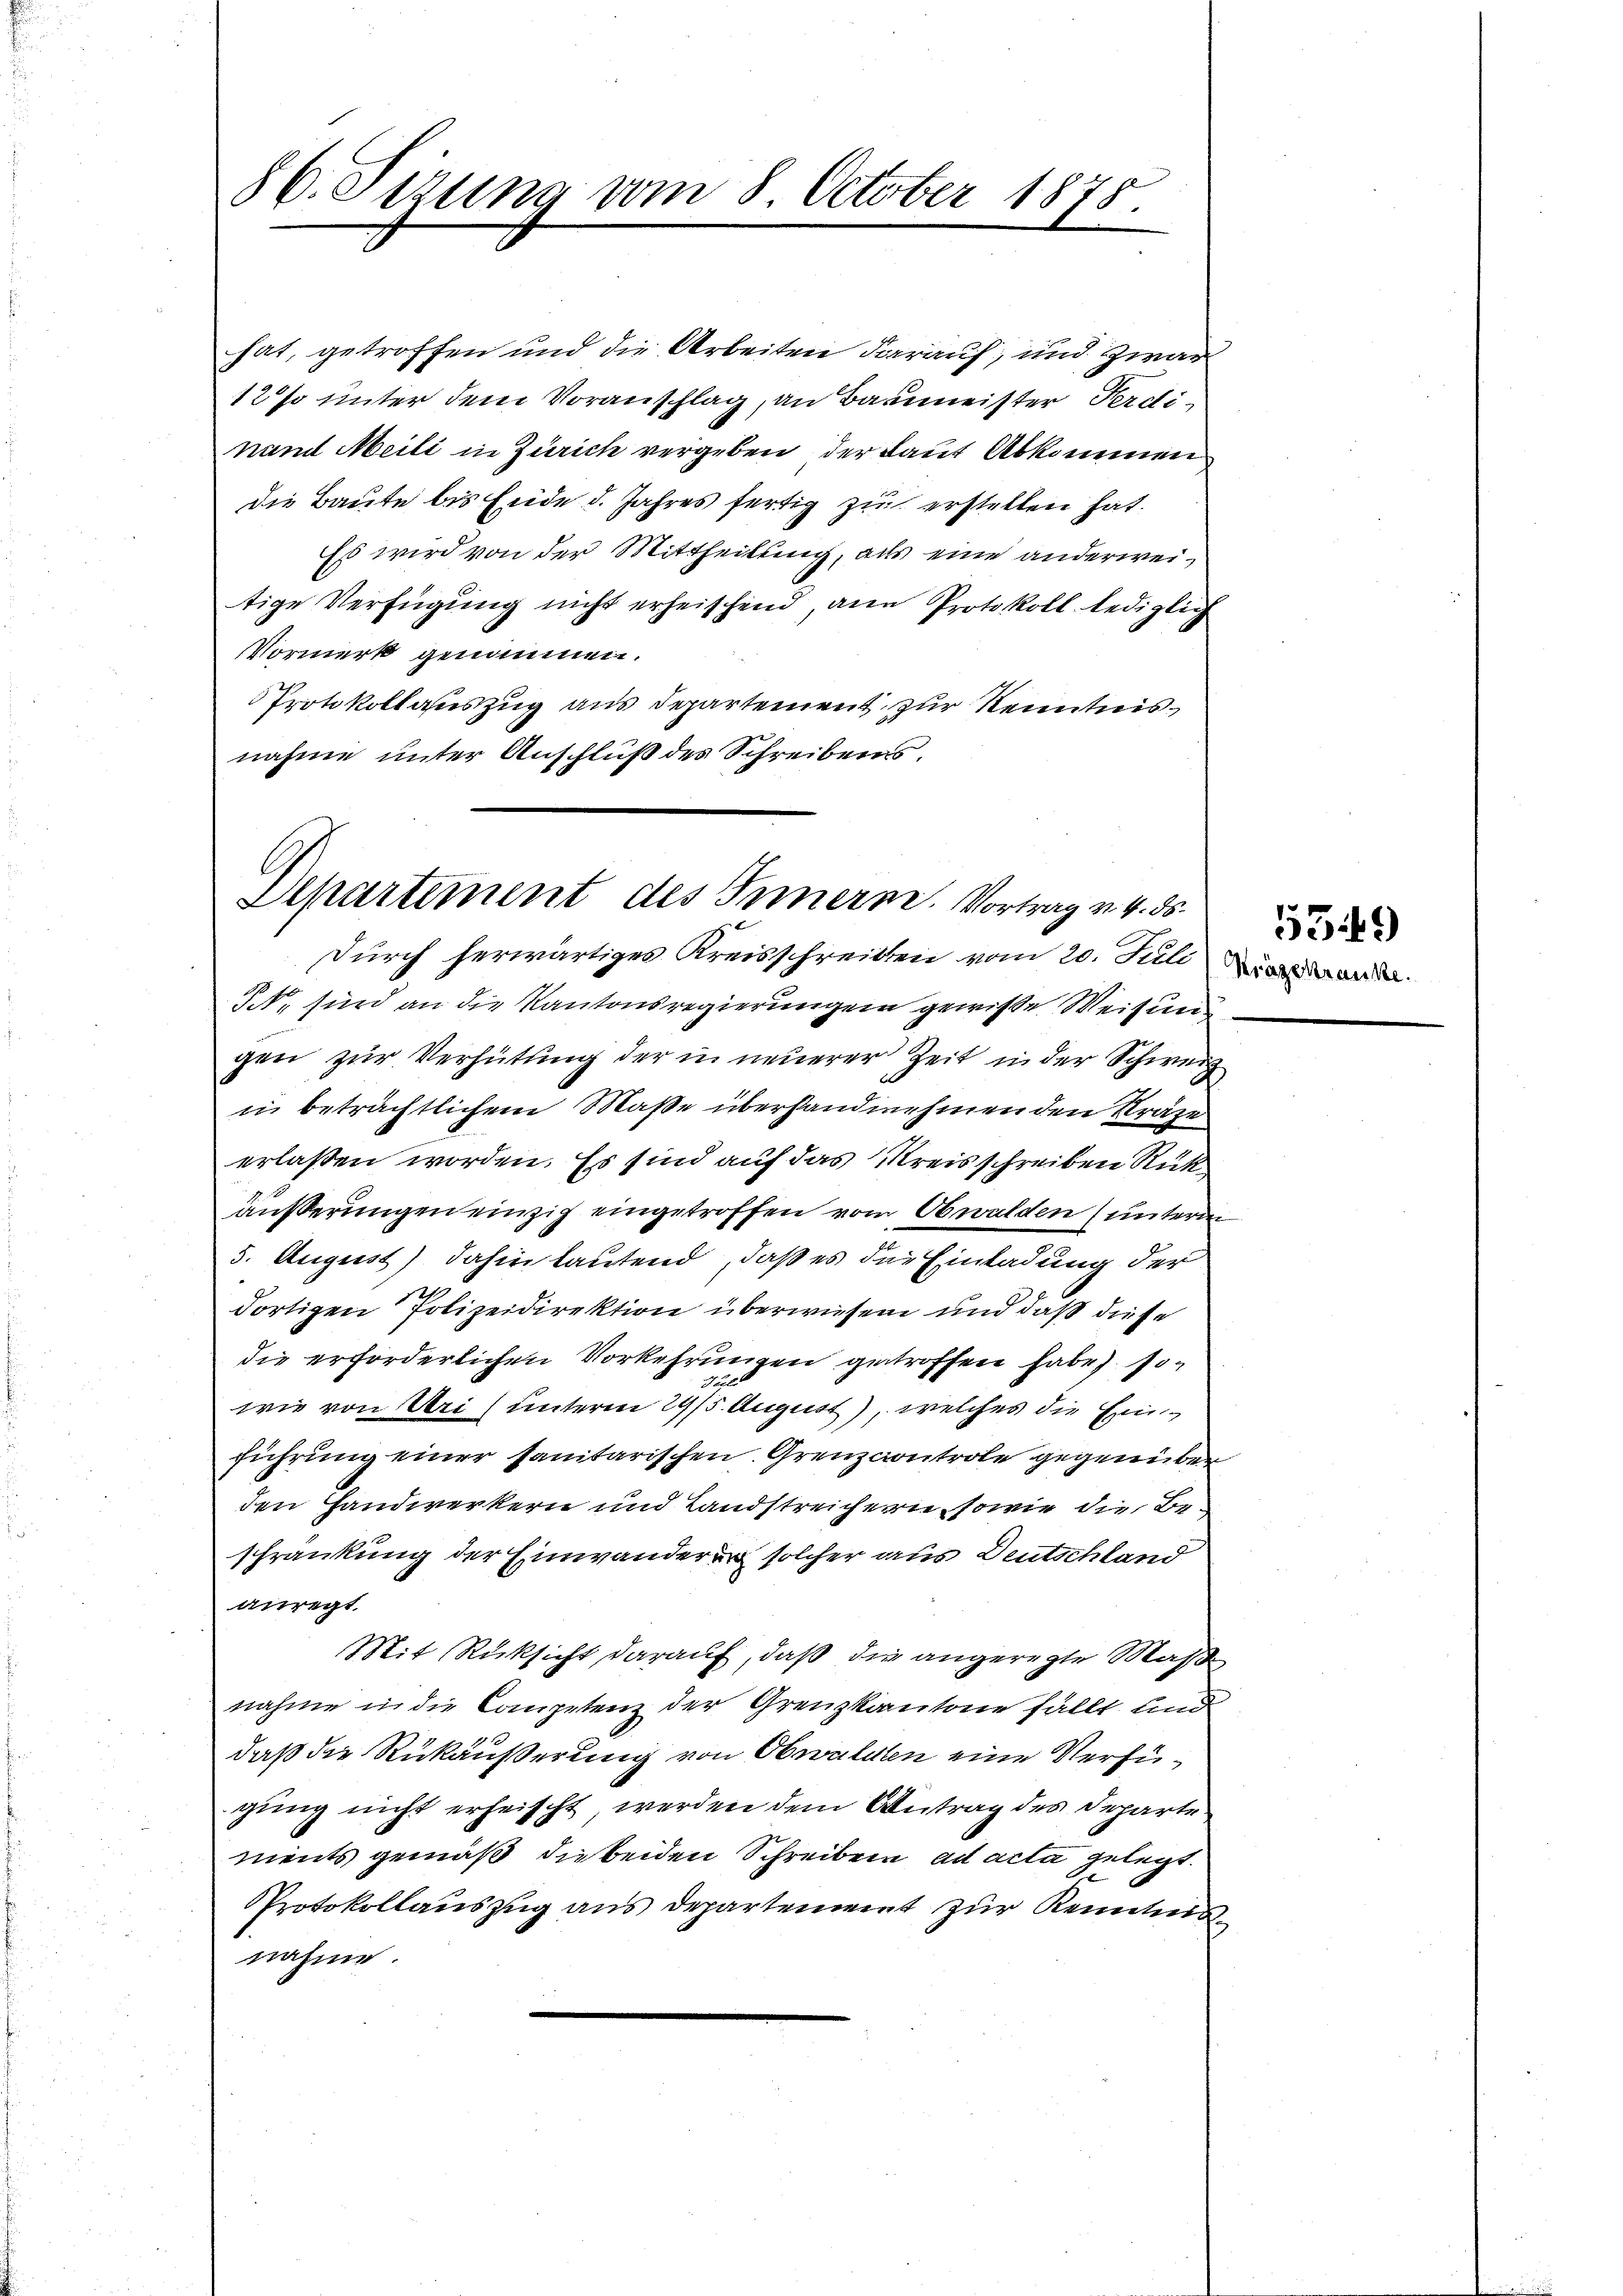
86. Sizung vom 8. October 1878

hat, getroffen und die Arbeiten darauf, und zwar
12% unter dem Voranschlag, an Baumeister Ferdinand Meili in Zürich vergeben der Laut Abkommen
die Baute bis Ende d. Jahres fertig zu erstellen hat.
Es wird von der Mittheilung, als eine anderweitige Verfügung nicht erheischend, an Protokoll lediglich
Vormerk genommen.
Protokollauszug aus Departement zur Kenntnis
nahme unter Anschluß des Schreibens.

Departement des Innern. Vortrag v. 4. ds.

Durch herwärtiges Kreisschreiben vom 20. Julii werden.
3., sind an die Kantonsregierungen gewisse Weisen
gen zur Verhütung der in neuerer Zeit in der Schweiz
in beträchtlichem Masse überstandnehmen den Kräge
erlaßen worden. Es sind auf das Kreisschreiben Rück
äußerungen einzig eingetroffen vom Obwalden (unterm
5. August) dahin lautend, daß es die Einladung der
dortigen Polizeidirektion überwiesen und daß diese
die erforderlichen Vorkehrungen getroffen habe, soegle
wie von Uri (unterm 29/5 August), welches die Einführung einer sanitarischen Grenzcontrole gegenüber
den Handwerkern und Landstreichern, sowie die Beschränkung der Einwanderen solcher aus Deutschland
anregt.
Mit Rücksicht darauf, daß die angeregte Maße
nahme in die Competenz der Grenzkantone fällt und
daß die Rükäußerung von Obwaldten eine Verfügung nicht erheischt, werden dem Antrag des Departe
ments gemäß die beiden Schreiben ad acta gelegt.
Protokollauszug aus Departement zur Kenntnis
nahme.

539